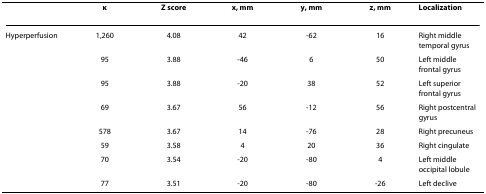
|  | κ | Z score | x, mm | y, mm | z, mm | Localization |
 | --- | --- | --- | --- | --- | --- | --- |
 | Hyperperfusion | 1,260 | 4.08 | 42 | -62 | 16 | Right middle temporal gyrus |
 |  | 95 | 3.88 | -46 | 6 | 50 | Left middle frontal gyrus |
 |  | 95 | 3.88 | -20 | 38 | 52 | Left superior frontal gyrus |
 |  | 69 | 3.67 | 56 | -12 | 56 | Right postcentral gyrus |
 |  | 578 | 3.67 | 14 | -76 | 28 | Right precuneus |
 |  | 59 | 3.58 | 4 | 20 | 36 | Right cingulate |
 |  | 70 | 3.54 | -20 | -80 | 4 | Left middle occipital lobule |
 |  | 77 | 3.51 | -20 | -80 | -26 | Left declive |